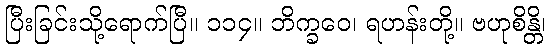
ပြီးခြင်းသို့ရောက်ပြီ။ ၁၁၄။ ဘိက္ခဝေ၊ ရဟန်းတို့။ ဗဟုစိန္တိ၊